65_HS1-834228961_62-HQ-83894_Section_10
Agency: FBI
Page 93
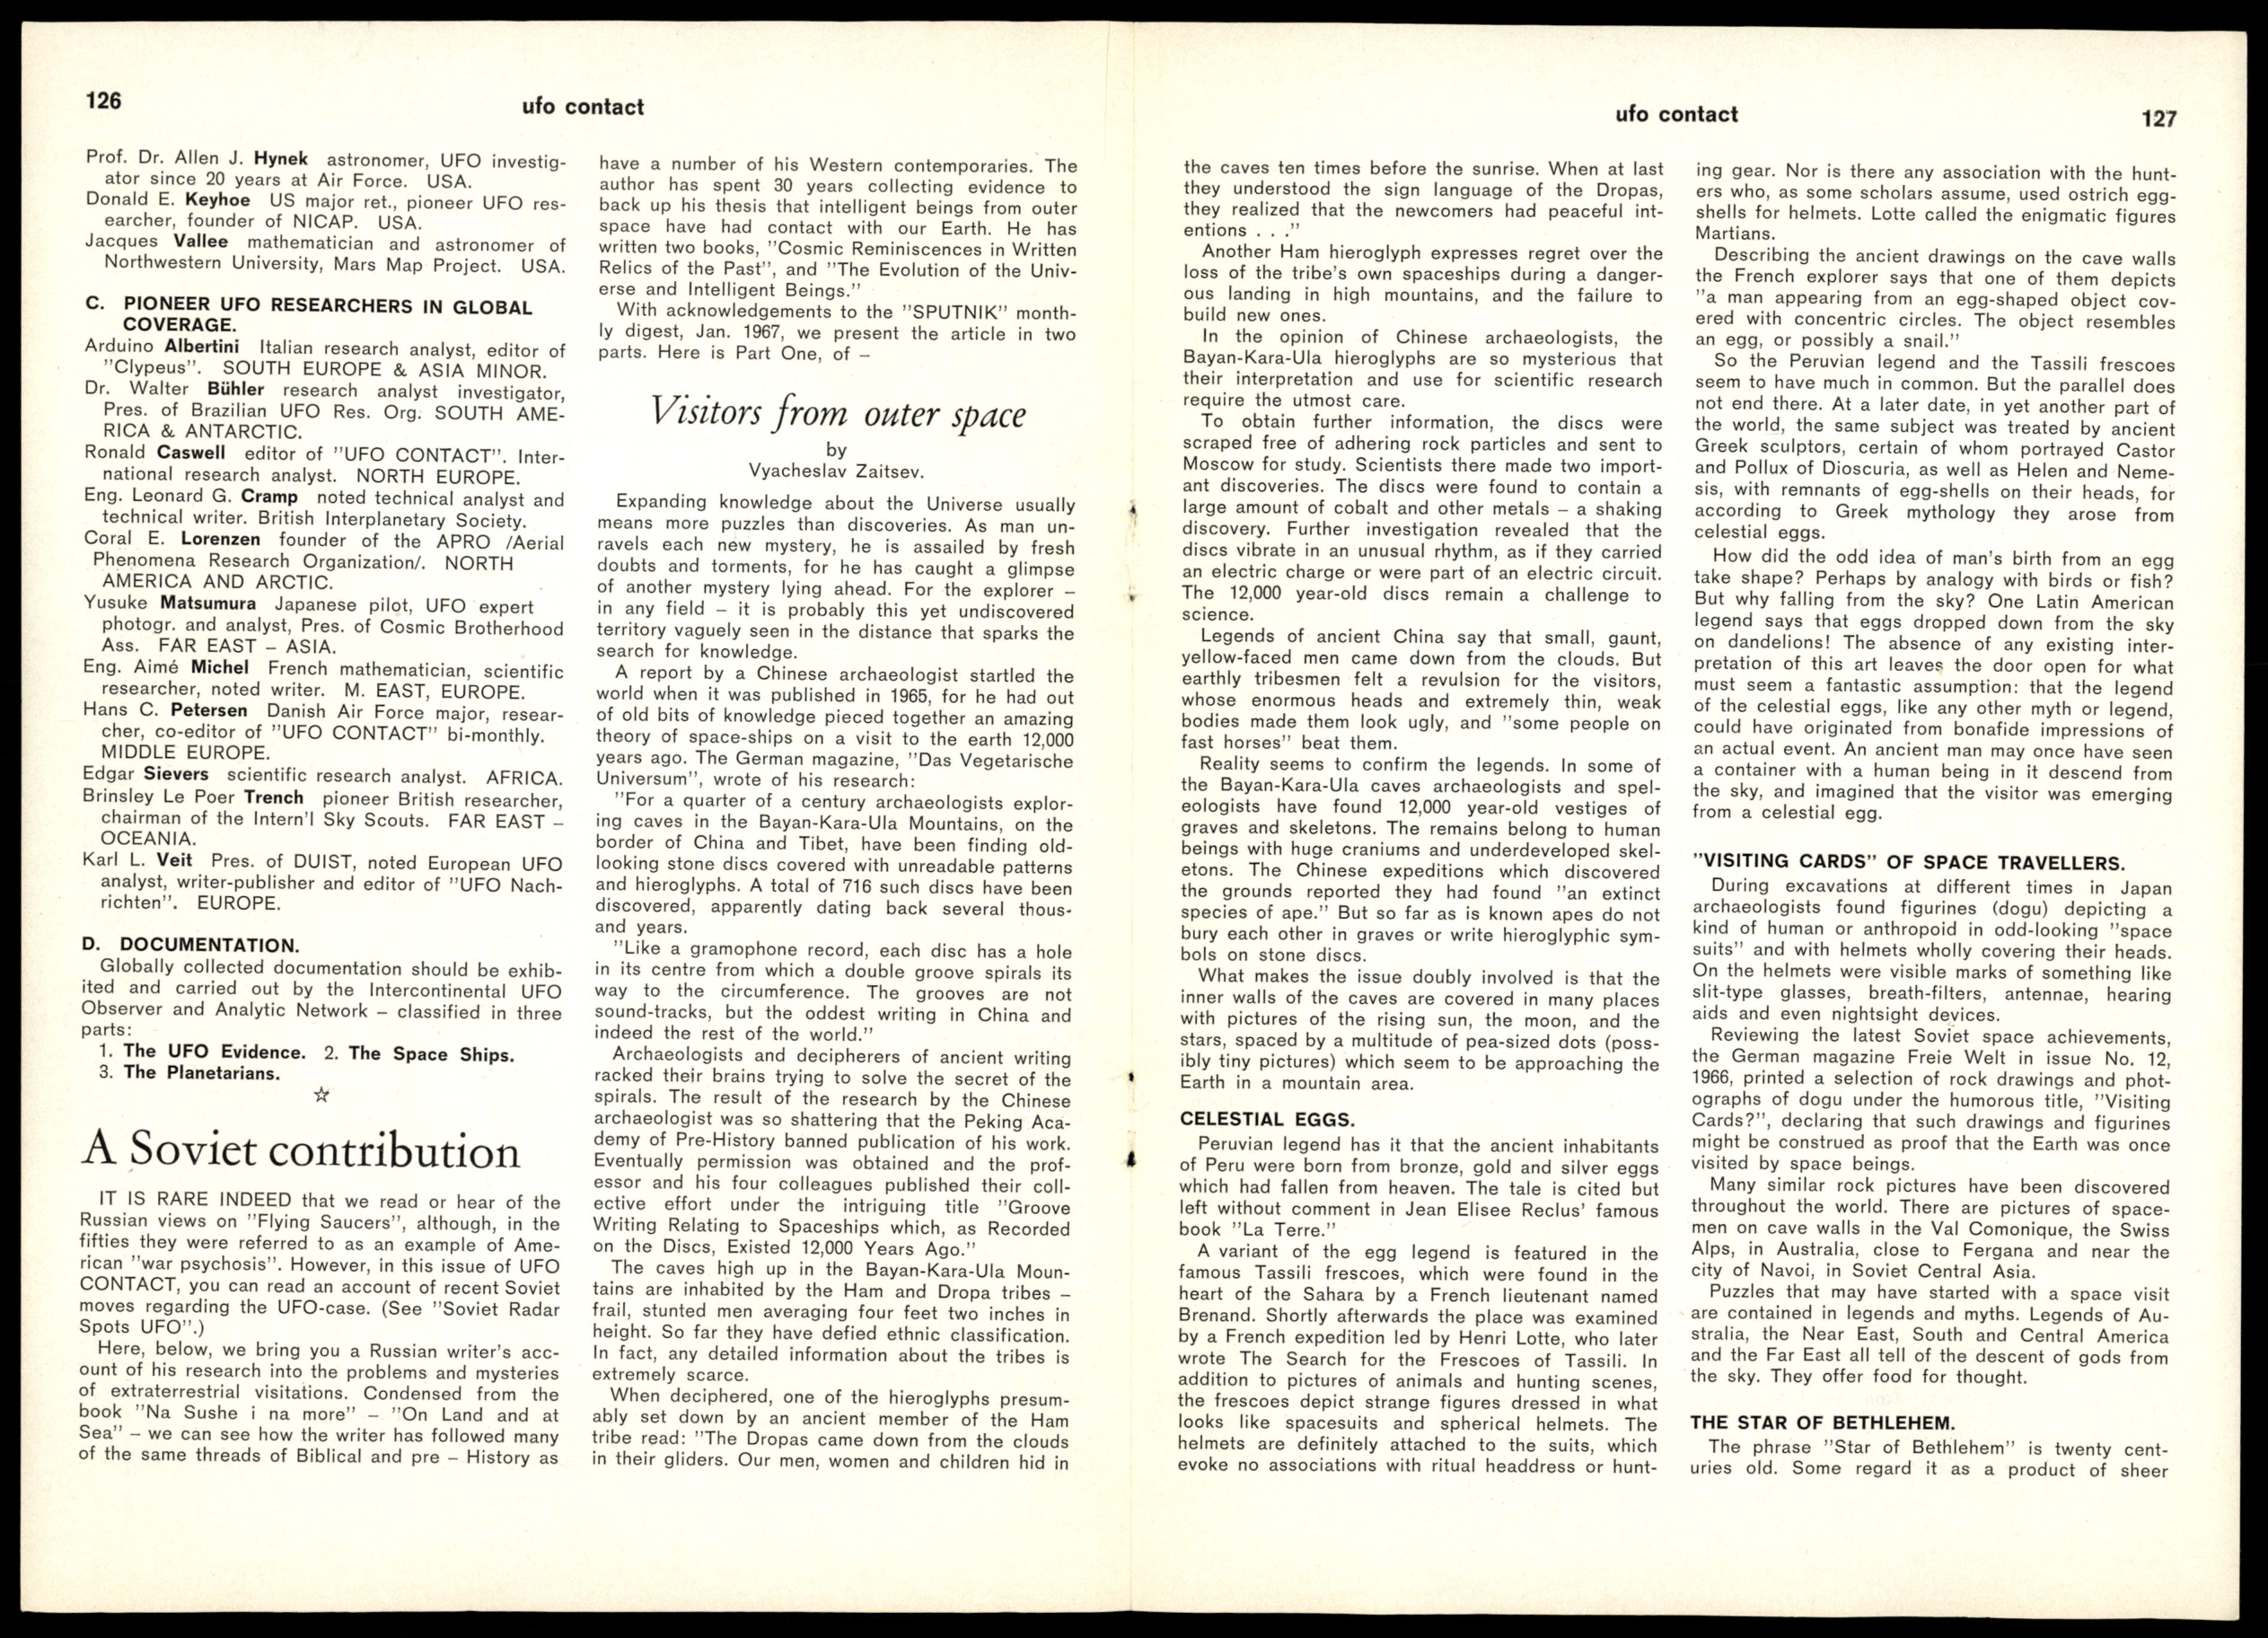